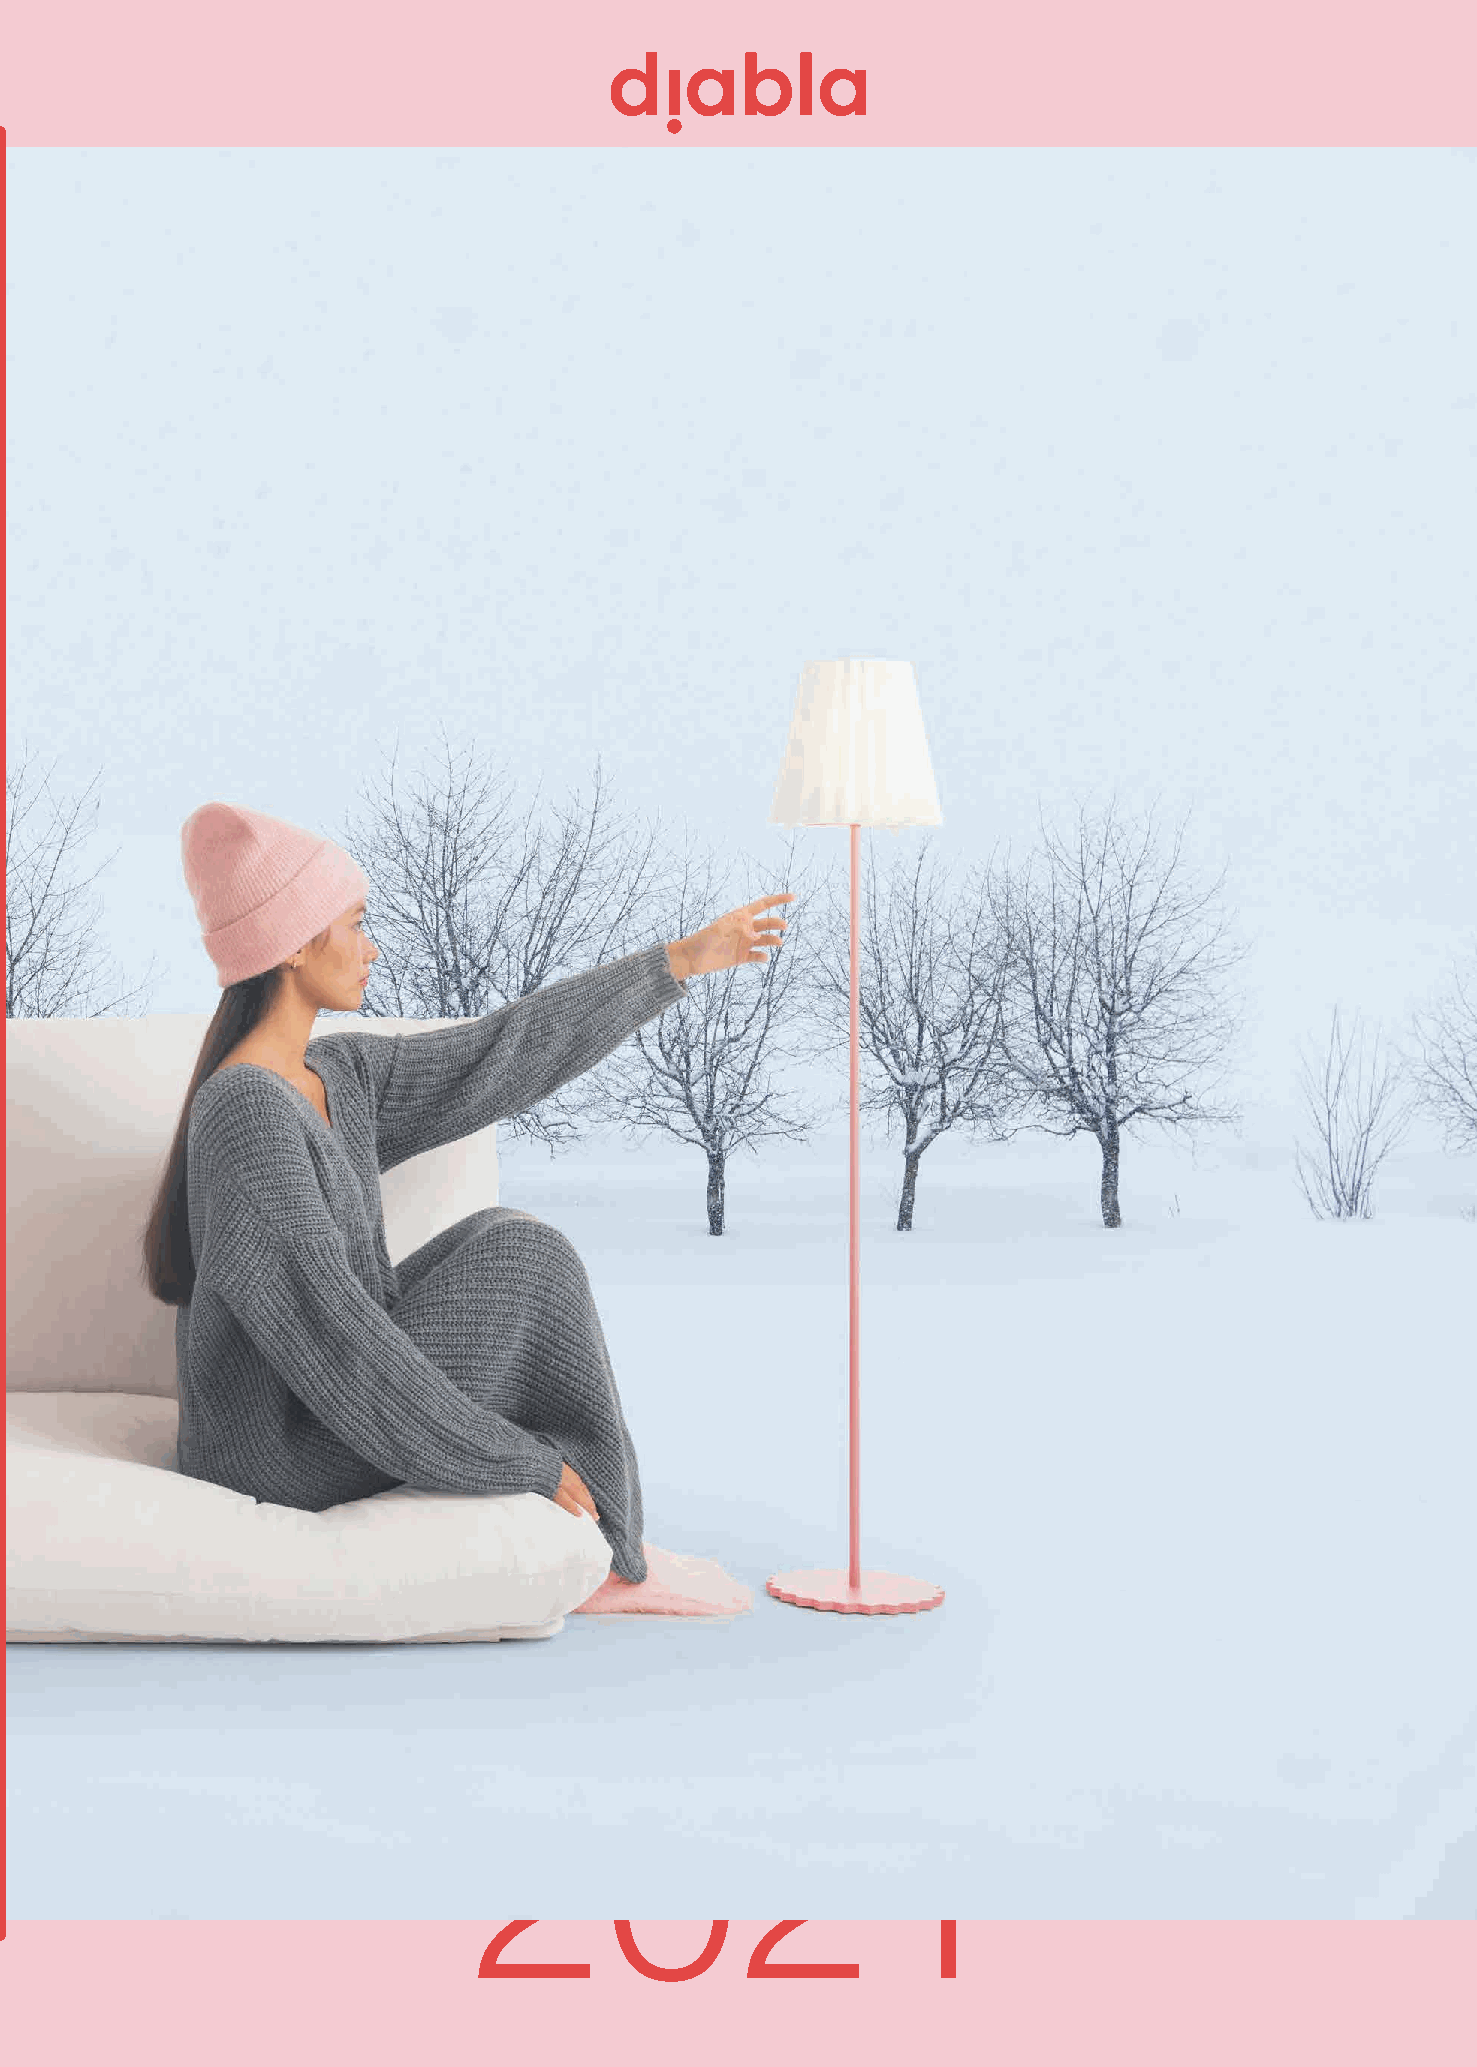
ENJOYING
 THE                               GREAT
 OUTDOORS
 2021